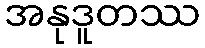
အနုဒူတဿ